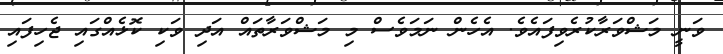
ވަނީ މަޝްވަރާކުރެވިފައެވެ. އެހެން ނަމަވެސް މި މަޝްވަރާތައް އަދި ވަކި ކޮޅެއްގައި ޖެހިފައި